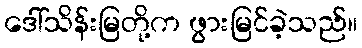
ဒေါ်သိန်းမြတို့က ဖွားမြင်ခဲ့သည်။